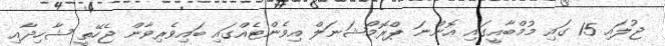
ޖުލައި 15 ގައި މުމްބާއީގައި އޮންނަ ޕްރޮމޯޝަނަލް އިވެންޓެއްގައި ބައިވެރިވާން ޖެހޭތީ ޝާހިދާއި